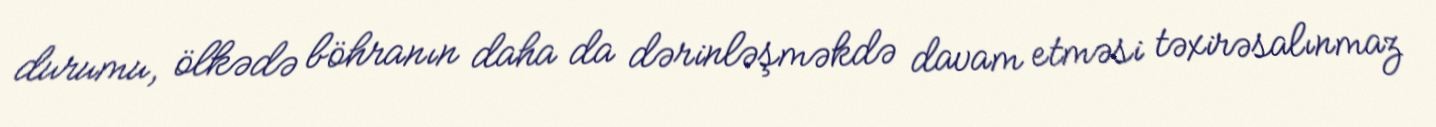
durumu, ölkədə böhranın daha da dərinləşməkdə davam etməsi təxirəsalınmaz